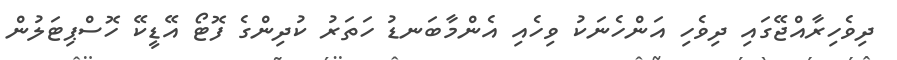
ދިވެހިރާއްޖޭގައި ދިވެހި އަންހެނަކު ވިހެއި އެންމާބަނޑު ހަތަރު ކުދިންގެ ފޮޓޯ އޭޑީކޭ ހޮސްޕިޓަލުން